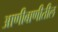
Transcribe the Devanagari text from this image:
आणीबाणीतील